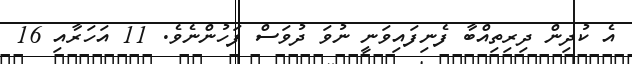
އެ ކުދިން ދިރިތިއްބާ ފެނިފައިވަނީ ނުވަ ދުވަސް ފަހުންނެވެ. 11 އަހަރާއި 16